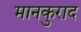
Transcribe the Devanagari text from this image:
मानकुराद